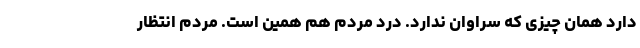
دارد همان چیزی که سراوان ندارد. درد مردم هم همین است. مردم انتظار